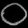
Digit: ၀